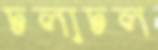
চলাচল